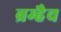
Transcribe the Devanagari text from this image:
ब्रम्हैव